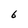
Character: 6